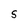
Character: S